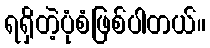
ရရှိတဲ့ပုံစံဖြစ်ပါတယ်။